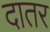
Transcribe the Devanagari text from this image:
दातर